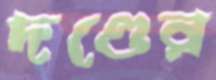
দণ্ডের